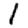
Digit: 1